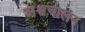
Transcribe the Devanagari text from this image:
अश्वचालन